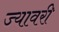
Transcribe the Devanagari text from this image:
ज्यावरी